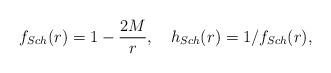
LaTeX: \begin{align*}f_{Sch}(r)=1-\frac{2M}{r}, \ \ \ h_{Sch}(r)=1/f_{Sch}(r),\end{align*}